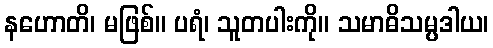
နဟောတိ၊ မဖြစ်။ ပရံ၊ သူတပါးကို။ သမာဓိသမ္ပဒါယ၊